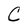
Character: C